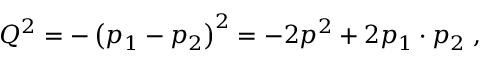
Q ^ { 2 } = - \left( p _ { 1 } - p _ { 2 } \right) ^ { 2 } = - 2 p ^ { 2 } + 2 p _ { 1 } \cdot p _ { 2 } \; ,